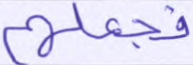
فجعلهم